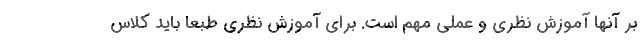
بر آنها آموزش نظری و عملی مهم است. برای آموزش نظری طبعاً باید کلاس